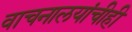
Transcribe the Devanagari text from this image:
वाचनालयांचीही